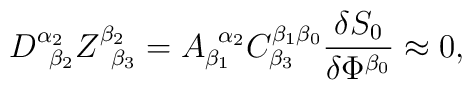
D_{\;\;\beta _2}^{\alpha _2}Z_{\;\;\beta _3}^{\beta _2}=A_{\beta_1}^{\;\;\alpha _2}C_{\beta _3}^{\beta _1\beta _0}\frac{\delta S_0}{\delta\Phi ^{\beta _0}}\approx 0,